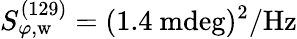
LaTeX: S_{\varphi,\mathrm{w}}^{(129)}=(1.4~\mathrm{mdeg})^{2}/\mathrm{Hz}